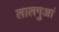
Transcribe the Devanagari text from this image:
लालगुआं